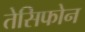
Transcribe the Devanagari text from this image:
तेसिफोन